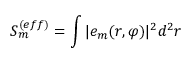
S _ { m } ^ { ( e f f ) } = \int | e _ { m } ( r , \varphi ) | ^ { 2 } d ^ { 2 } r